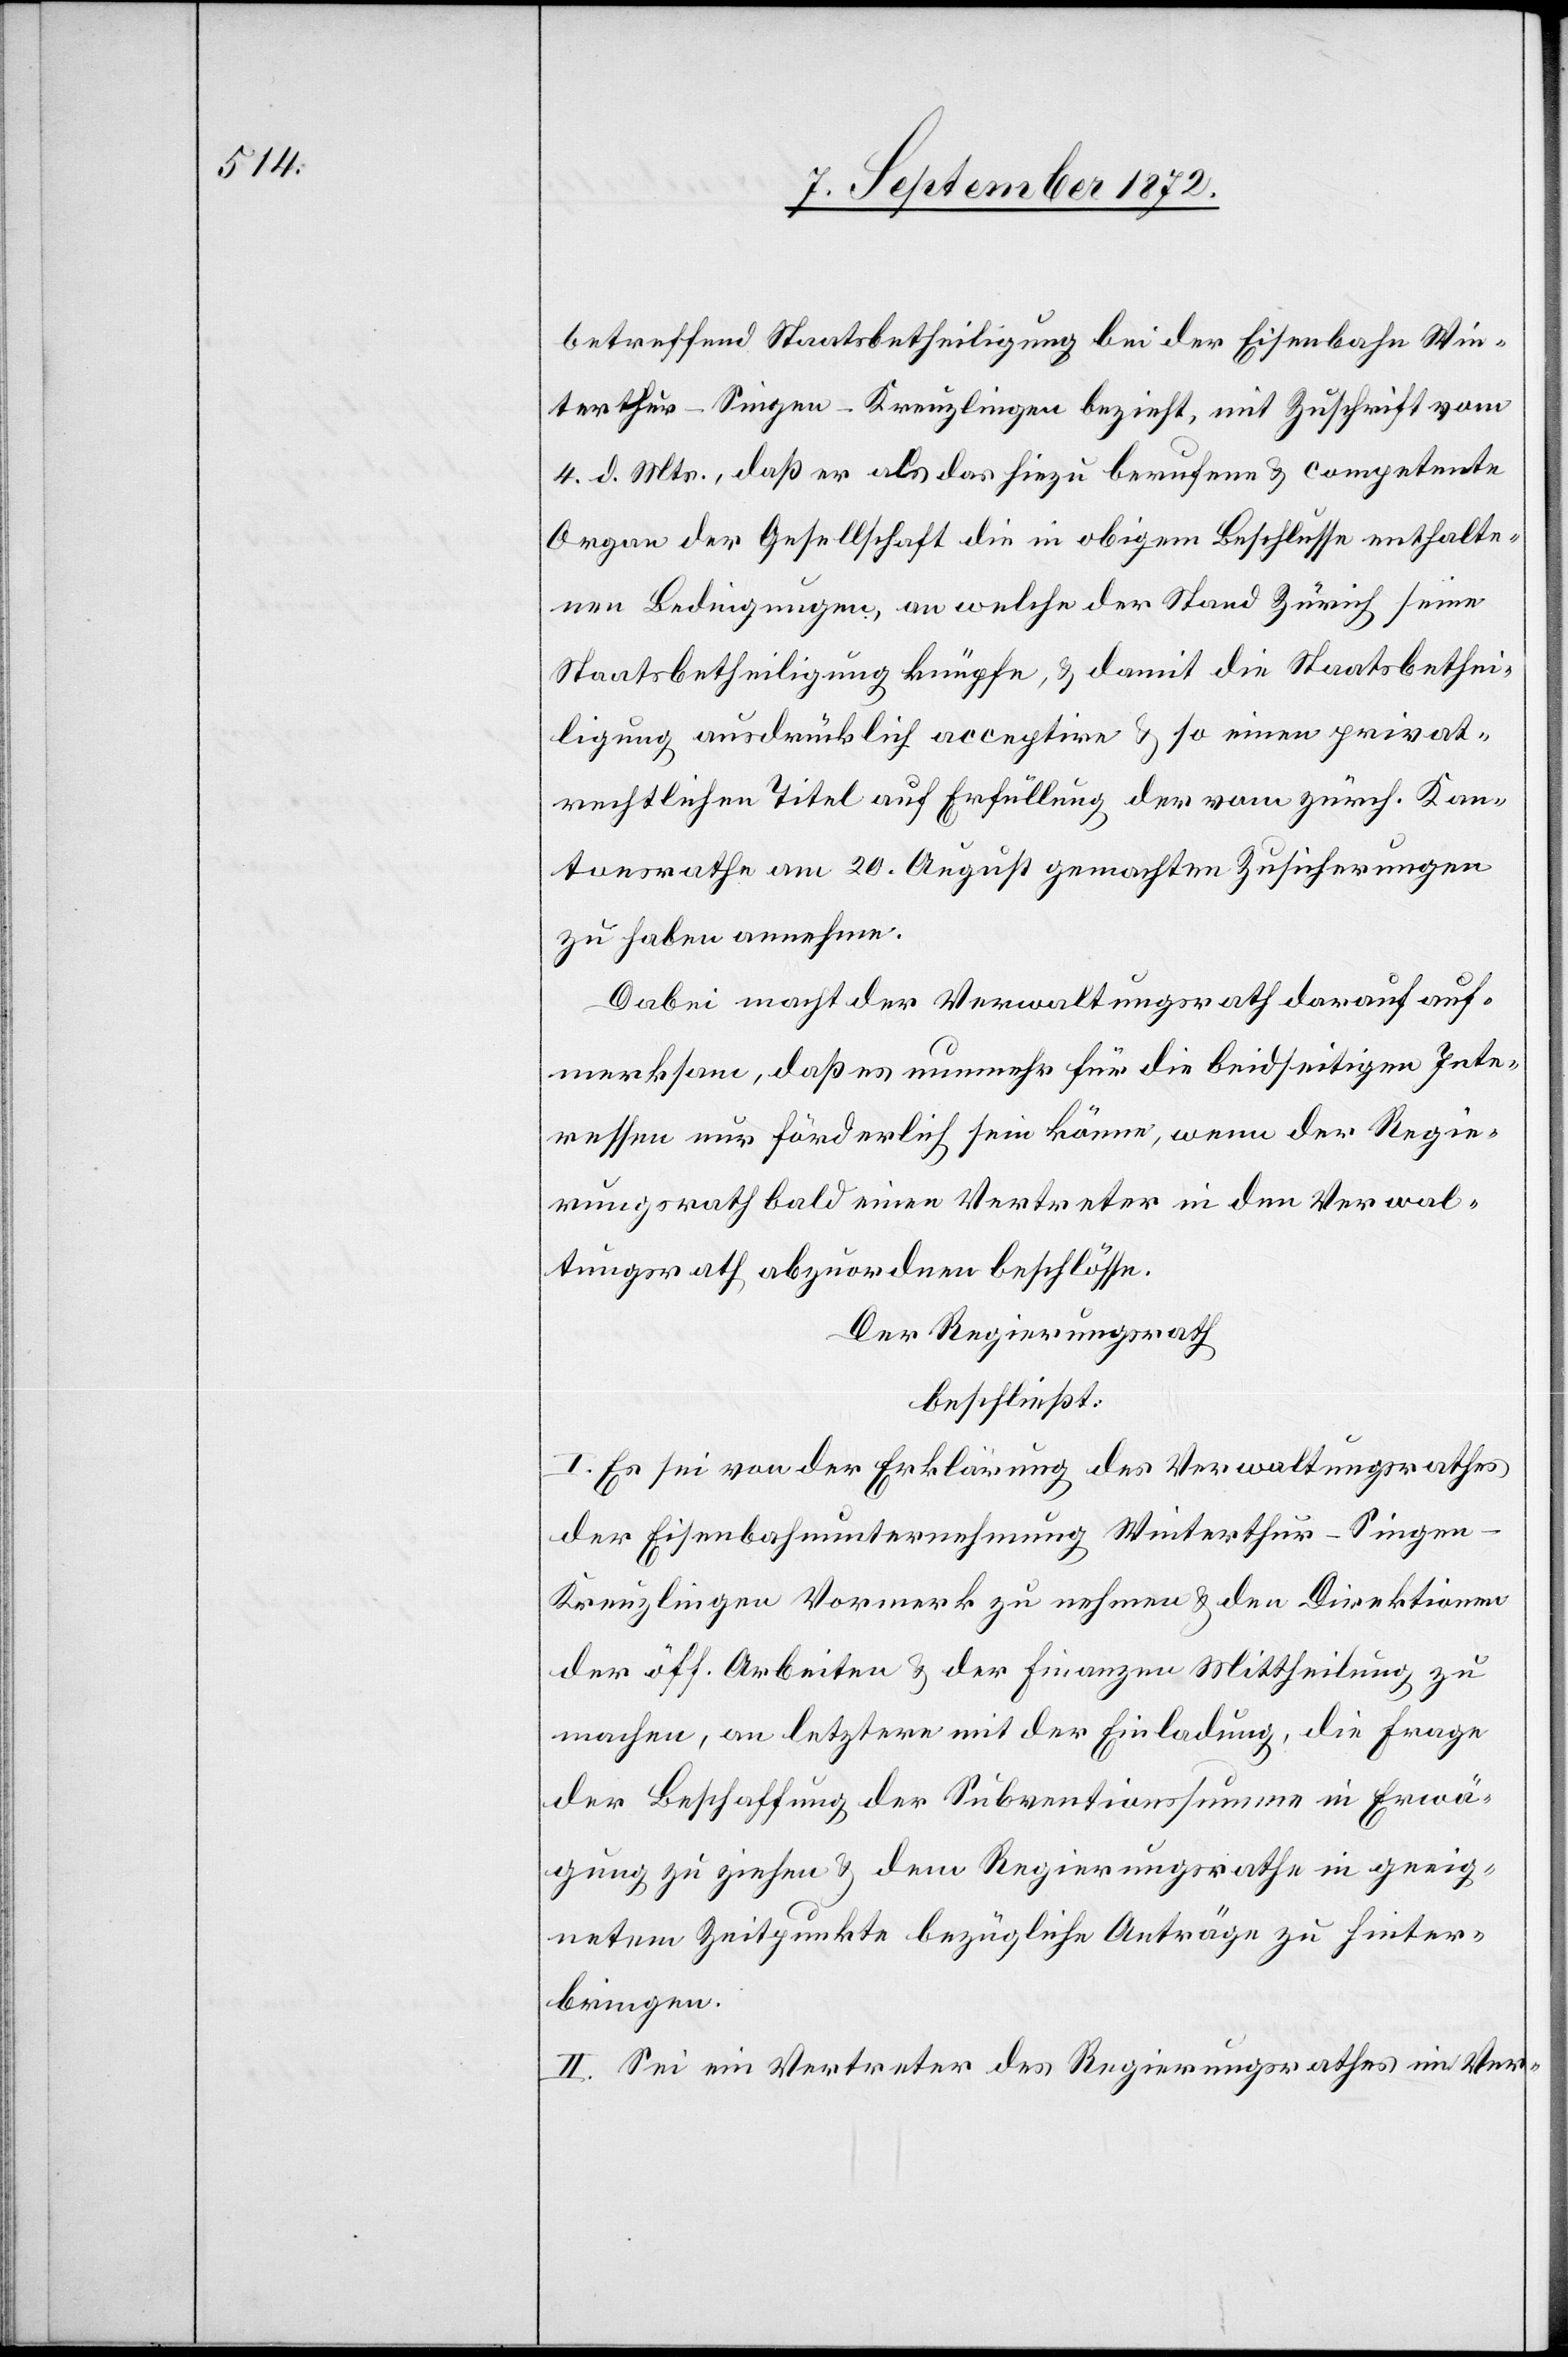
betreffend Staatsbetheiligung bei der Eisenbahn Win¬
terthur–Singen–Kreuzlingen bezieht, mit Zuschrift vom
4. d. Mts., daß er als das hiezu berufene u. competente
Organ der Gesellschaft die in obigem Beschlusse enthalte¬
nen Bedingungen, an welche der Stand Zürich seine
Staatsbetheiligung knüpfe, u. damit die Staatsbethei¬
ligung ausdrücklich acceptire u. so einen privat¬
rechtlichen Titel auf Erfüllung der vom zürch. Kan¬
tonsrathe am 20. August gemachten Zusicherungen
zu haben annehme.
Dabei macht der Verwaltungsrath darauf auf¬
merksam, daß es nunmehr für die beidseitigen Inte¬
ressen nur förderlich sein könne, wenn der Regie¬
rungsrath bald einen Vertreter in den Verwal¬
tungsrath abzuordnen beschlösse.
Der Regierungsrath
beschließt:
I. Es sei von der Erklärung des Verwaltungsrathes
der Eisenbahnunternehmung Winterthur–Singe¬
n–Kreuzlingen Vormerk zu nehmen u. den Direktionen
der öff. Arbeiten u. der Finanzen Mittheilung zu
machen, an letztere mit der Einladung, die Frage
der Beschaffung der Subventionssumme in Erwä¬
gung zu ziehen u. dem Regierungsrathe in geeig¬
netem Zeitpunkte bezügliche Anträge zu hinter¬
bringen.
II. Sei ein Vertreter des Regierungsrathes im Ver-